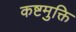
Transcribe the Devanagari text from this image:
कष्टमुक्ति